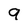
Character: 9